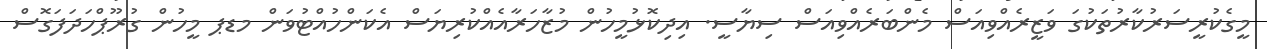
މީގެކުރީސަރުކާރުތަކުގަ ވަޒީރެއްވިއަސް މެންބަރެއްވިއަސް ސިޔާސީ. އިދިކޮޅުމީހުން މުޒާހަރާއެއްކުރިޔަސް އެކަންހުއްޓުވަން މޑޕ މީހުން ގުރޫޕްހަދަފަގޮސް